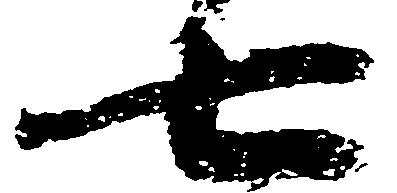
七